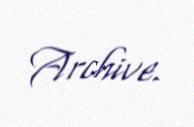
Archive.